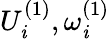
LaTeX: U_{\mathit{i}}^{(1)},\omega_{\mathit{i}}^{(1)}